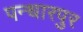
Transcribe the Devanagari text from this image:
पन्धारपुर